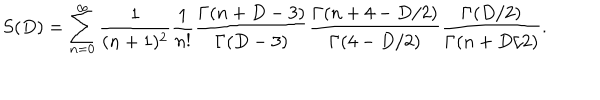
LaTeX: S ( D ) = \sum _ { n = 0 } ^ { \infty } { \frac { 1 } { ( n + 1 ) ^ { 2 } } } { \frac { 1 } { n ! } } { \frac { \Gamma ( n + D - 3 ) } { \Gamma ( D - 3 ) } } { \frac { \Gamma ( n + 4 - D / 2 ) } { \Gamma ( 4 - D / 2 ) } } { \frac { \Gamma ( D / 2 ) } { \Gamma ( n + D / 2 ) } } .